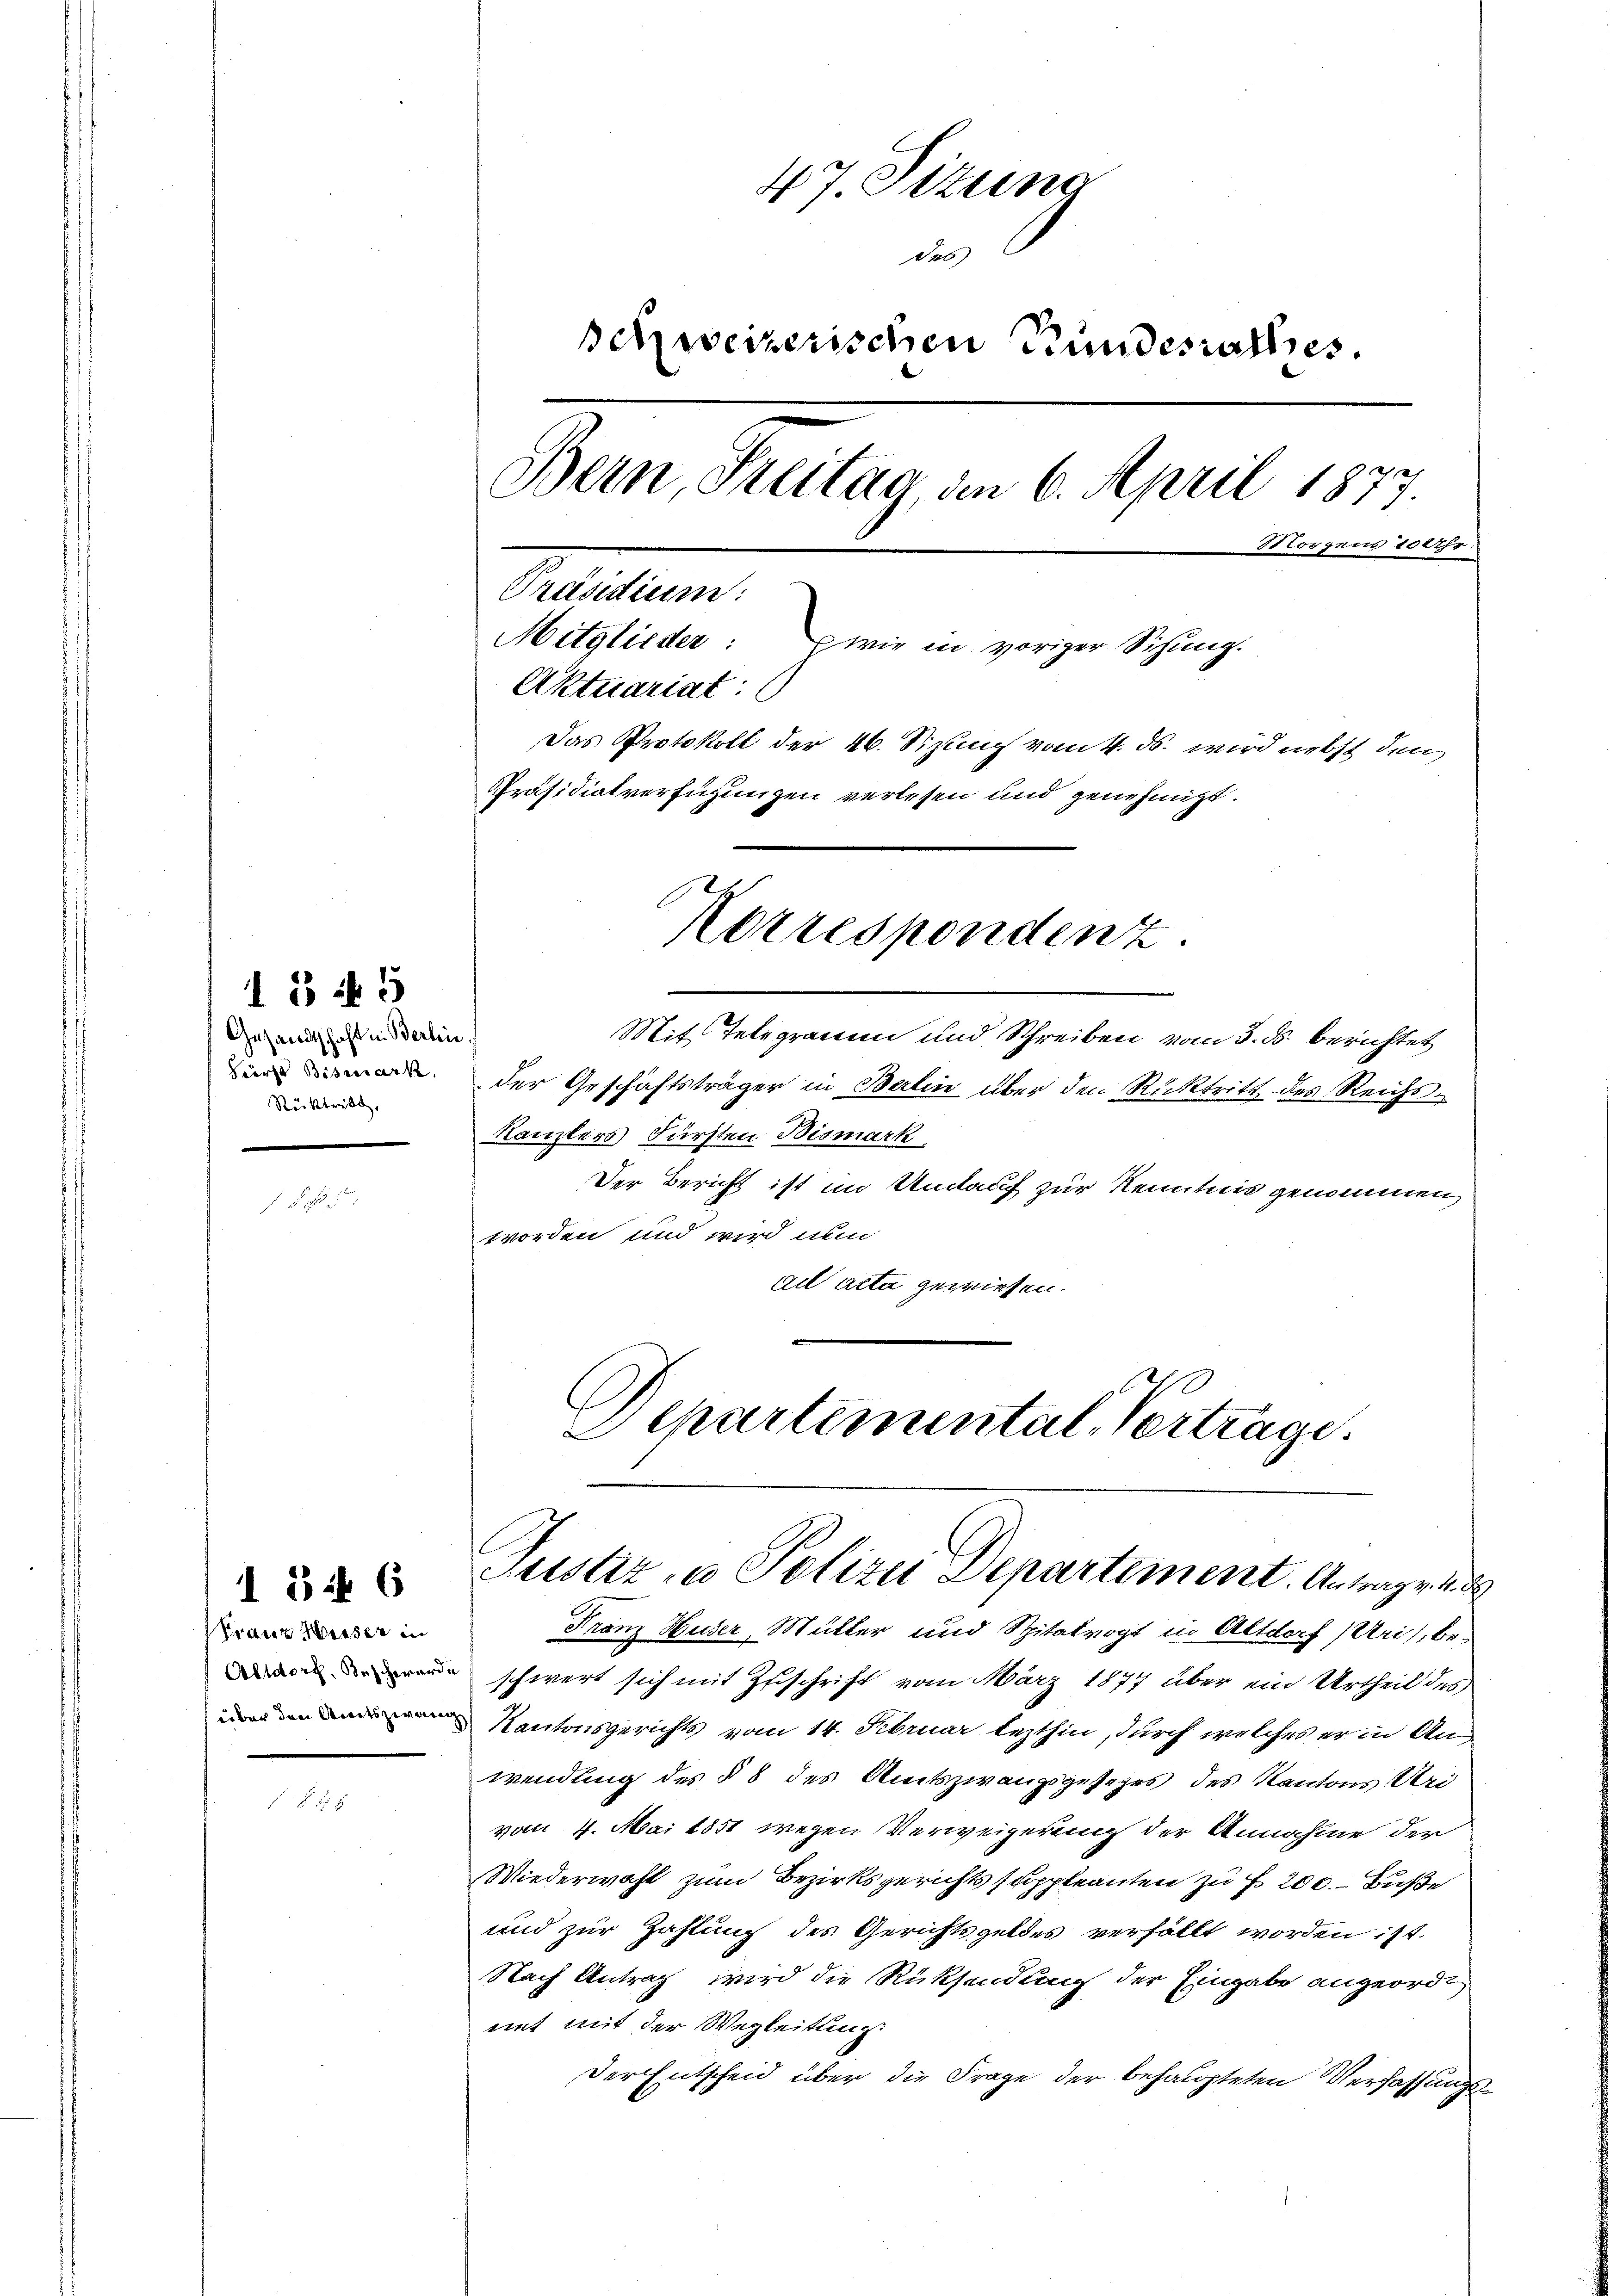
Gesandtschaft in Berlin.
Rücktritt,

47. Sizung
des
schweizerischen Bundesrathes.
Bern, Freitag, den 6. April 1877.
Morgens 10 Uhr.
Dritten.
Mitglieder: wie in voriger Sichung.
Aktuariat:
Das Protokoll der 46. Sizung vom 4. ds. wird nebst den
Präsidiatverfügungen verlesen und genehmigt.
Korrespondenz.

13 f 5

Franz Wisser in

f 8 x

Mit Telegramm und Schreiben vom 3. ds. berichtet
. der Geschäftsträger in Berlin über den Rücktritt des Reichs¬
Kanzlers Fürsten Bismark
Der Bericht ist im Unauf zur Kenntnis genommen,
worden und wird nun
ad acta gewiesen.
Franz Huser, Müller und Spitalvogt in Altdorf (Uri), bei
  schwert sich mit Zuschrift vom März 1877 über ein Urtheil des
Kantonsgerichts vom 14. Februar lezthin, durch welches er in An¬
Wendung des § 8 des Amtszwangsgesezes des Kantons Uri
vom 4. Mai 1851 wegen Verweigerung der Annahme der
Wiederwahl zum Bezirksgerichts suppleanten zu f. 200. - Buße
und zur Zahlung des Gerichtsgeldes verfällt worden ist.
Nach Antrag wird die Rücksendung der Eingabe angeordmit mit der Wegleitung:
Der Entscheid über die Frage der behaupteten Verfassungs¬

Departemental-Vertrage.
 Justiz- u. Polizei Departement. Antrage und